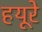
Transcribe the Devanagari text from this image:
हयूरे